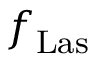
f _ { \mathrm { L a s } }